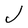
Character: J